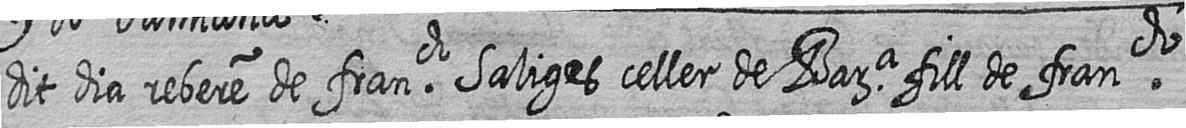
dit dia rebere de franch Saliges celler de Bara fill de franch